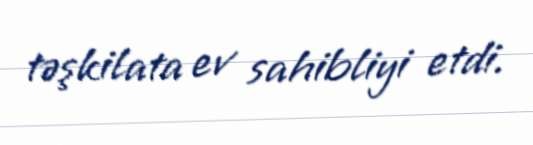
təşkilata ev sahibliyi etdi.